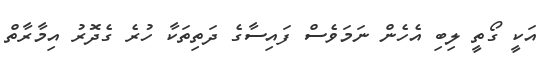
އަކީ ގޯތީ ލިބި އެހެން ނަމަވެސް ފައިސާގެ ދަތިތަކާ ހުރެ ގެދޮރު އިމާރާތް